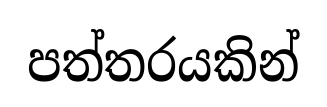
පත්තරයකින්